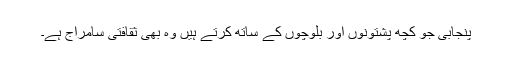
پنجابی جو کچھ پشتونوں اور بلوچوں کے ساتھ کرتے ہیں وہ بھی ثقافتی سامراج ہے۔